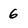
Character: 6